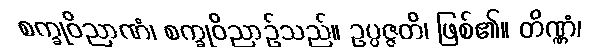
စက္ခုဝိညာဏံ၊ စက္ခုဝိညာဉ်သည်။ ဥပ္ပဇ္ဇတိ၊ ဖြစ်၏။ တိဏ္ဏံ၊